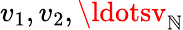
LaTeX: v_{1},v_{2},\ldotsv_{\mathbb{N}}